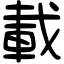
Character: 載